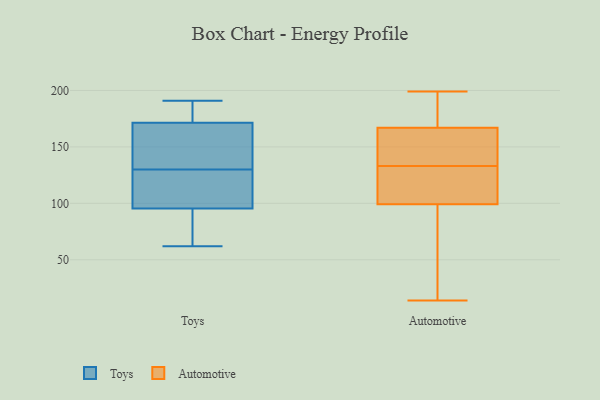
{"axis": {"x": "Market Share (%)", "y": "Value"}, "legend": ["Automotive", "Toys"], "data": [{"x": "", "y": 87, "type": "Toys"}, {"x": "", "y": 130, "type": "Toys"}, {"x": "", "y": 176, "type": "Toys"}, {"x": "", "y": 139, "type": "Toys"}, {"x": "", "y": 62, "type": "Toys"}, {"x": "", "y": 181, "type": "Toys"}, {"x": "", "y": 87, "type": "Toys"}, {"x": "", "y": 191, "type": "Toys"}, {"x": "", "y": 104, "type": "Toys"}, {"x": "", "y": 130, "type": "Toys"}, {"x": "", "y": 167, "type": "Toys"}, {"x": "", "y": 114, "type": "Toys"}, {"x": "", "y": 170, "type": "Automotive"}, {"x": "", "y": 61, "type": "Automotive"}, {"x": "", "y": 183, "type": "Automotive"}, {"x": "", "y": 164, "type": "Automotive"}, {"x": "", "y": 127, "type": "Automotive"}, {"x": "", "y": 14, "type": "Automotive"}, {"x": "", "y": 126, "type": "Automotive"}, {"x": "", "y": 154, "type": "Automotive"}, {"x": "", "y": 133, "type": "Automotive"}, {"x": "", "y": 112, "type": "Automotive"}, {"x": "", "y": 166, "type": "Automotive"}, {"x": "", "y": 199, "type": "Automotive"}, {"x": "", "y": 48, "type": "Automotive"}]}